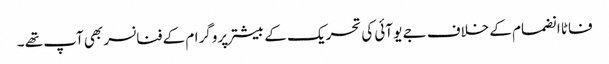
فاٹا انضمام کے خلاف جے یو آئی کی تحریک کے بیشتر پروگرام کے فنانسر بھی آپ تھے ۔